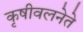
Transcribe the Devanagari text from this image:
कृषीवलनेते